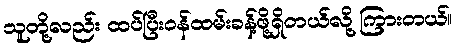
သူတို့လည်း ထပ်ပြီးဝန်ထမ်းခန့်ဖို့ရှိတယ်လို့ ကြားတယ်။